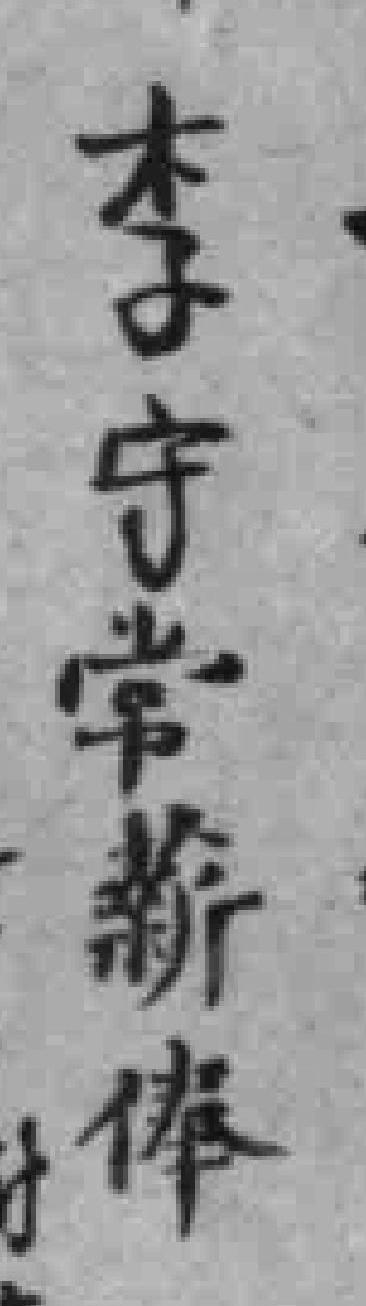
李守常薪俸